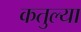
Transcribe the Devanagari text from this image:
कतुल्या